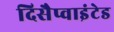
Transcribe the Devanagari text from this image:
दिसैप्वाइंटेड